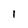
Character: 1